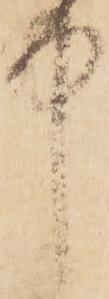
中